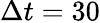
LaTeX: \Delta t=30